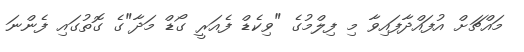
މައްޗަށް އުފައްދާފައިވާ މި ފިލްމުގެ "ވިކެޑް ފެއަރީ ގޯޑް މަދާ"ގެ ގޮތުގައި ފެންނަ